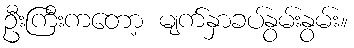
ဦးကြီးကတော့ မျက်နှာခပ်နွမ်းနွမ်း။